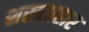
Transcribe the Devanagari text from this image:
शस्त्रप्रहार